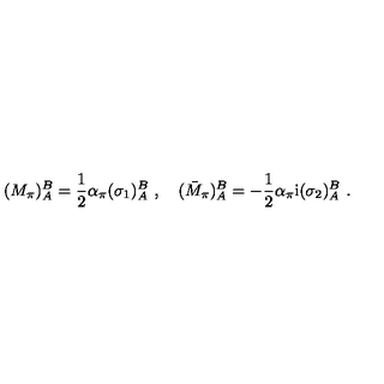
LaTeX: ( M _ { \pi } ) _ { A } ^ { B } = \frac { 1 } { 2 } \alpha _ { \pi } ( \sigma _ { 1 } ) _ { A } ^ { B } \ , \quad ( \bar { M } _ { \pi } ) _ { A } ^ { B } = - \frac { 1 } { 2 } \alpha _ { \pi } \mathrm { i } ( \sigma _ { 2 } ) _ { A } ^ { B } \ .